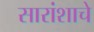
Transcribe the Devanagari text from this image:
सारांशाचे